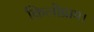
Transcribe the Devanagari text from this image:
किलोग्राम।